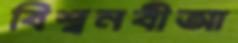
বিশ্বনবীআ